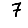
Digit: 7